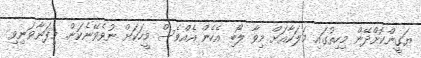
ޔަގީންކޮށްދޭން މިހިތުގައި މަލަކާއަށް މިވާ ލޯބި އެހެން އެއްވެސް މީހަކަށް ނުވެވޭނެކަން. މިފަނާވަނިވި